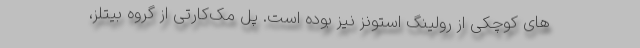
های کوچکی از رولینگ استونز نیز بوده است. پل مک‌کارتی از گروه بیتلز،